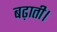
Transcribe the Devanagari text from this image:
बढ़ाती।